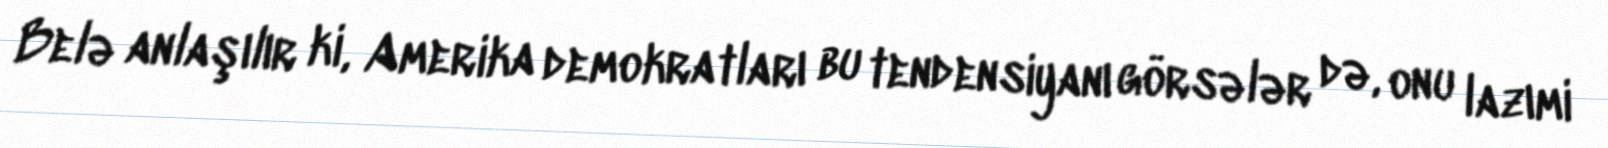
Belə anlaşılır ki, Amerika demokratları bu tendensiyanı görsələr də, onu lazımi